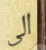
الى